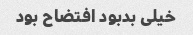
خیلی بدبود افتضاح بود